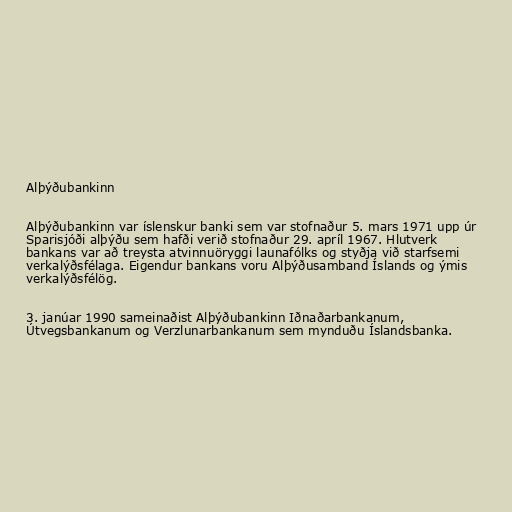
Alþýðubankinn

Alþýðubankinn var íslenskur banki sem var stofnaður 5. mars 1971 upp úr
Sparisjóði alþýðu sem hafði verið stofnaður 29. apríl 1967. Hlutverk
bankans var að treysta atvinnuöryggi launafólks og styðja við starfsemi
verkalýðsfélaga. Eigendur bankans voru Alþýðusamband Íslands og ýmis
verkalýðsfélög.

3. janúar 1990 sameinaðist Alþýðubankinn Iðnaðarbankanum,
Útvegsbankanum og Verzlunarbankanum sem mynduðu Íslandsbanka.